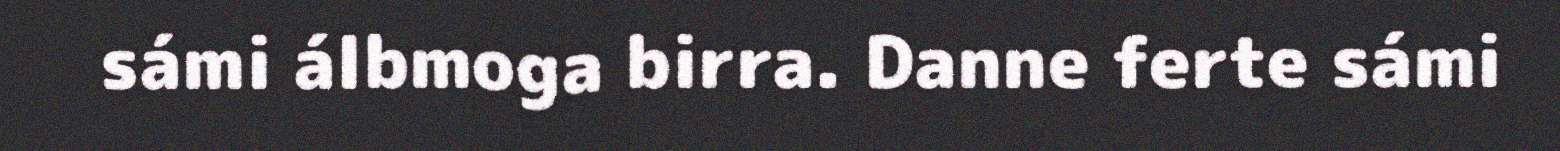
sámi álbmoga birra. Danne ferte sámi